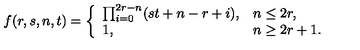
f ( r , s , n , t ) = \left\{ \begin{array} { l l } { \prod _ { i = 0 } ^ { 2 r - n } ( s t + n - r + i ) , } & { n \leq 2 r , } \\ { 1 , } & { n \geq 2 r + 1 . } \\ \end{array} \right.